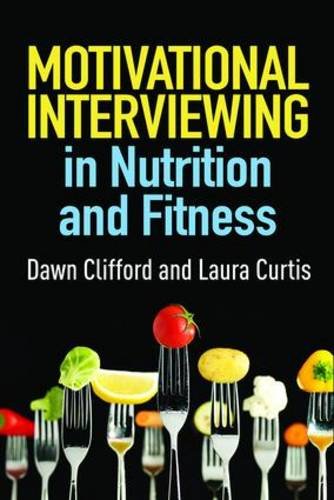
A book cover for Motivational Interviewing in Nutrition and Fitness (Applications of Motivational Interviewing); Dawn Clifford PhD; Medical Books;